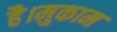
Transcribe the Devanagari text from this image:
है।मुकाम